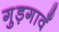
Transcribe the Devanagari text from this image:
गुड़गावँ